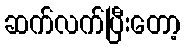
ဆက်လက်ပြီးတော့